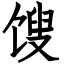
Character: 馊